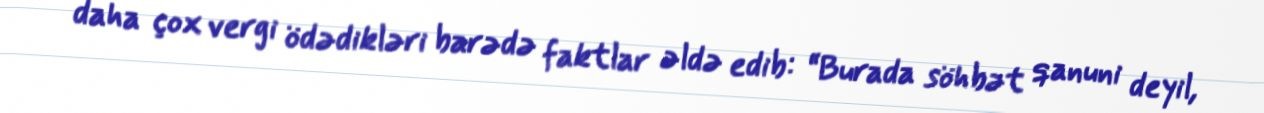
daha çox vergi ödədikləri barədə faktlar əldə edib: “Burada söhbət qanuni deyil,